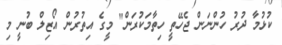
ކުޅުމާ ދުރު ހުންނަން ޖެހޭތީ ހިތާމަކުރަން" މީގެ އިތުރުން އޯޒިލް ބުނީ މި